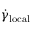
\dot { \gamma } _ { \mathrm { l o c a l } }